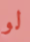
لو